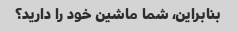
بنابراین، شما ماشین خود را دارید؟